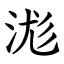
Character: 浝